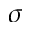
\sigma